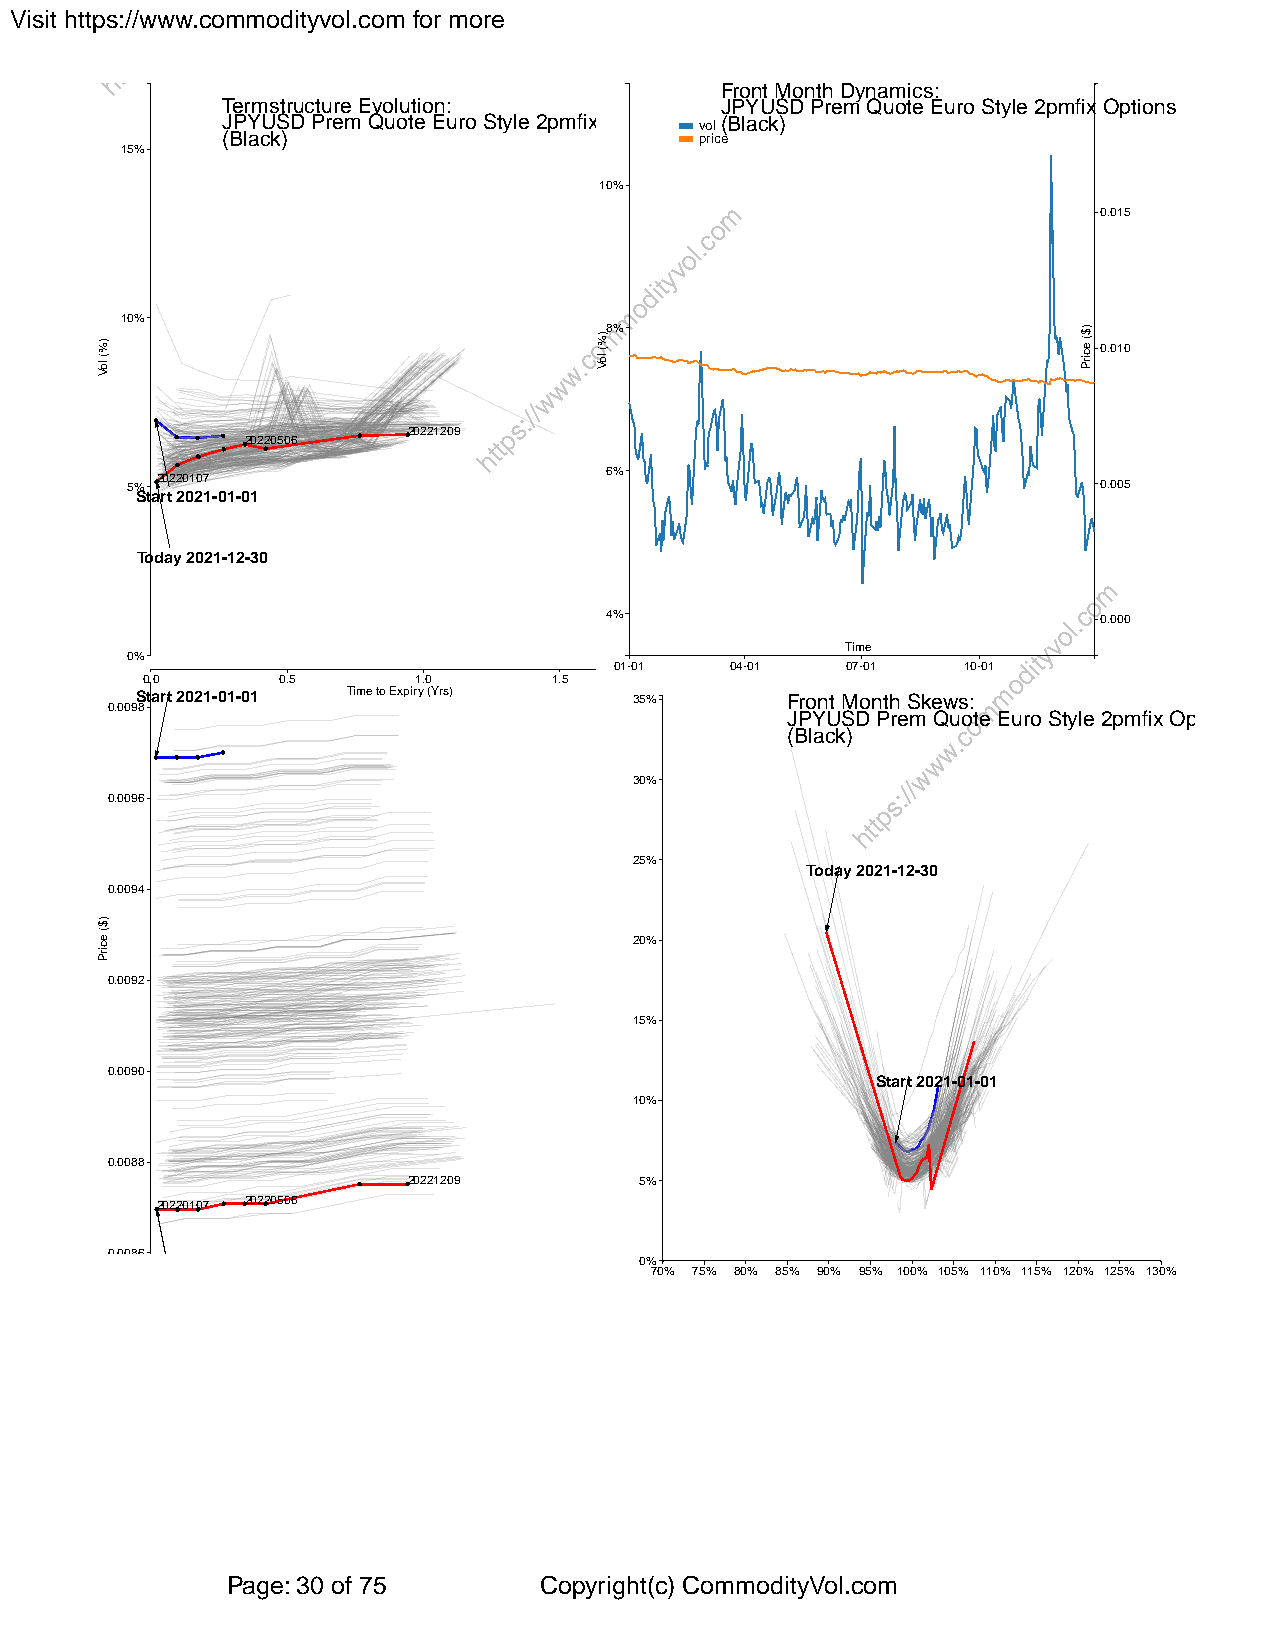
Visit https://www.commodityvol.com for more
 Front Month Dynamics:
 Termstructure Evolution:         JPYUSD Prem Quote Euro Style 2pmfix Options
 JPYUSD Prem Quote Euro Style 2pmfix Options vol(Black)
 (Black)                        price
 15%
 10%
 0.015
 10%
 8%
 0.010
 20221209
 20220506
 6%
 5% 20220107                                                      0.005
 Start 2021-01-01
 Today 2021-12-30
 4%                               0.000
 Time
 0%
 01-01  04-01   07-01   10-01
 0.0      0.5      1.0       1.5
 Start 2021-01-01 Time to Expiry (Yrs) 35%  Front Month Skews:
 0.0098
 JPYUSD Prem Quote Euro Style 2pmfix Options
 (Black)
 30%
 0.0096
 25%
 Today 2021-12-30
 0.0094
 20%
 0.0092
 15%
 0.0090
 Start 2021-01-01
 10%
 0.0088
 20221209       5%
 20220107 20220506
 0.0086
 0%
 70% 75% 80% 85% 90% 95% 100% 105% 110% 115% 120% 125% 130%
 Today 2021-12-30
 Page: 30 of 75       Copyright(c) CommodityVol.com
 )%(
 loV
 )$(
 ecirP
 )%(
 loV
 )$(
 ecirP